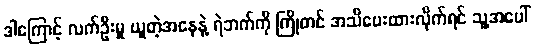
ဒါကြောင့် လက်ဦးမှု ယူတဲ့အနေနဲ့ ရဲဘက်ကို ကြိုတင် အသိပေးထားလိုက်ရင် သူ့အပေါ်